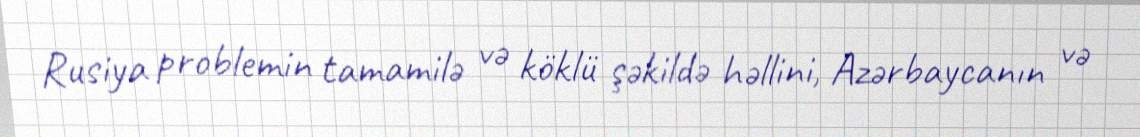
Rusiya problemin tamamilə və köklü şəkildə həllini, Azərbaycanın və